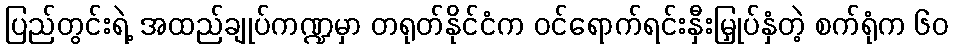
ပြည်တွင်းရဲ့ အထည်ချုပ်ကဏ္ဍမှာ တရုတ်နိုင်ငံက ဝင်ရောက်ရင်းနှီးမြှုပ်နှံတဲ့ စက်ရုံက ၆၀